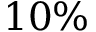
1 0 \%